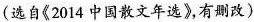
(选自《2014中国散文年选》，有删改)